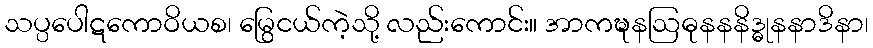
သပ္ပပေါဋကောဝိယစ၊ မြွေငယ်ကဲ့သို့ လည်းကောင်း။ အာကဍ္ဎနဩဓုနနနိဒ္ဓုနနာဒိနာ၊